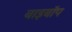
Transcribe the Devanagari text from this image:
बाइबॉप